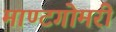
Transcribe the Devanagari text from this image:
माण्टगोमरी